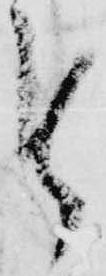
仕